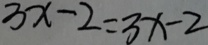
3 x - 2 = 3 x - 2